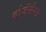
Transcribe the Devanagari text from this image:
बोर्जेसेन्स